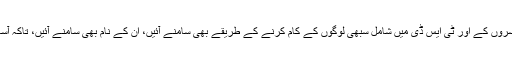
وہ ان ساری چیزوں کے خلاصے کی مانگ کرنے لگا، تاکہ افسروں کے اور ٹی ایس ڈی میں شامل سبھی لوگوں کے کام کرنے کے طریقے بھی سامنے آئیں، ان کے نام بھی سامنے آئیں، تاکہ آسانی کے ساتھ پاکستان اور چین کے جاسوس ان کا قتل کر سکیں۔